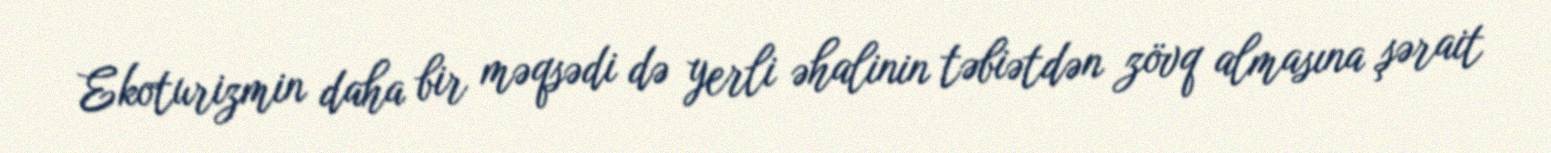
Ekoturizmin daha bir məqsədi də yerli əhalinin təbiətdən zövq almasına şərait